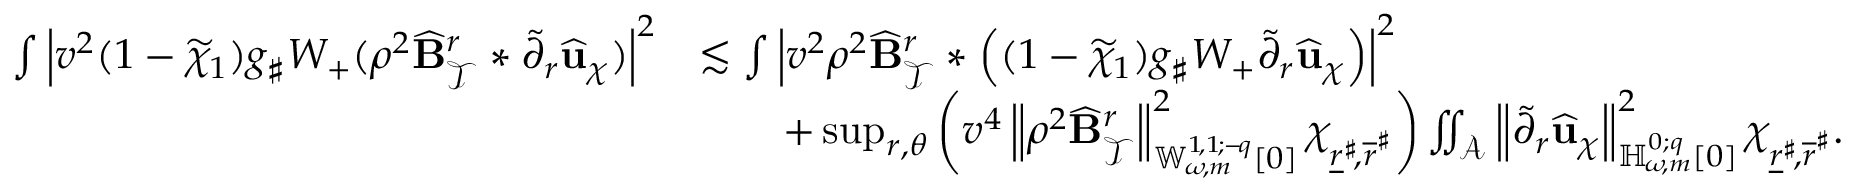
\begin{array} { r l } { \int \left| v ^ { 2 } ( 1 - \widetilde { \chi } _ { 1 } ) g _ { \sharp } W _ { + } ( \rho ^ { 2 } \widehat { \mathbf { B } } _ { \mathcal { T } } ^ { r } * \widetilde { \partial } _ { r } \widehat { \mathbf { u } } _ { \chi } ) \right| ^ { 2 } } & { \lesssim \int \left| v ^ { 2 } \rho ^ { 2 } \widehat { \mathbf { B } } _ { \mathcal { T } } ^ { r } * \left( ( 1 - \widetilde { \chi } _ { 1 } ) g _ { \sharp } W _ { + } \widetilde { \partial } _ { r } \widehat { \mathbf { u } } _ { \chi } \right) \right| ^ { 2 } } \\ & { \qquad + \operatorname* { s u p } _ { r , \theta } \left( v ^ { 4 } \left\lVert \rho ^ { 2 } \widehat { \mathbf { B } } _ { \mathcal { T } } ^ { r } \right\rVert _ { { \mathbb { W } _ { \! \omega \! , m } ^ { 1 \! , 1 \! ; { - \! q } } } [ 0 ] } ^ { 2 } \chi _ { \underline { { r } } ^ { \sharp } \! , \overline { { r } } ^ { \sharp } } \right) \iint _ { \mathcal { A } } \left\lVert \widetilde { \partial } _ { r } \widehat { \mathbf { u } } _ { \chi } \right\rVert _ { { \mathbb { H } _ { \! \omega \! , m } ^ { 0 ; { q } } } [ 0 ] } ^ { 2 } \chi _ { \underline { { r } } ^ { \sharp } \! , \overline { { r } } ^ { \sharp } } . } \end{array}